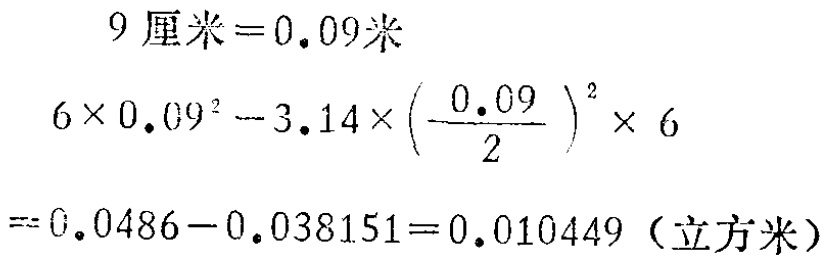
\[

\begin{align*}

9\text{ 厘米}& = 0.09\text{米}\\

6\times0.09^{2}-3.14\times\left(\frac{0.09}{2}\right)^{2}\times6&\\

= 0.0486 - 0.038151&= 0.010449（立方米）

\end{align*}

\]